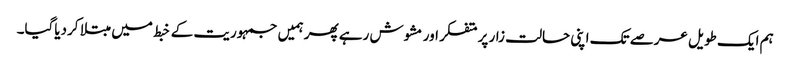
ہم ایک طویل عرصے تک اپنی حالت زار پر متفکر اور مشوش رہے پھر ہمیں جمہوریت کے خبط میں مبتلا کردیاگیا۔